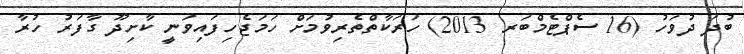
ބުދަ ދުވަހު (16 ސެޕްޓެމްބަރ 2013) ހަރަކާތްތެރިވުމަށް ހަމަޖެހިފައިވަނީ ކާށިދޫ ގާފަރު ހުރާ